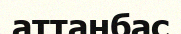
аттанбас